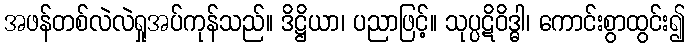
အဖန်တစ်လဲလဲရှုအပ်ကုန်သည်။ ဒိဋ္ဌိယာ၊ ပညာဖြင့်။ သုပ္ပဋိဝိဒ္ဓါ၊ ကောင်းစွာထွင်း၍